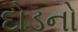
દોડનો